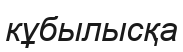
кұбылысқа